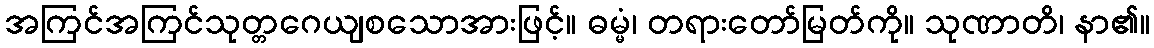
အကြင်အကြင်သုတ္တဂေယျစသောအားဖြင့်။ ဓမ္မံ၊ တရားတော်မြတ်ကို။ သုဏာတိ၊ နာ၏။